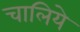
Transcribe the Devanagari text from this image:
चालिये